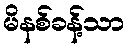
မိနစ်ခန့်သာ